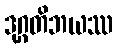
ဒုဂ္ဂတိဘယဿ